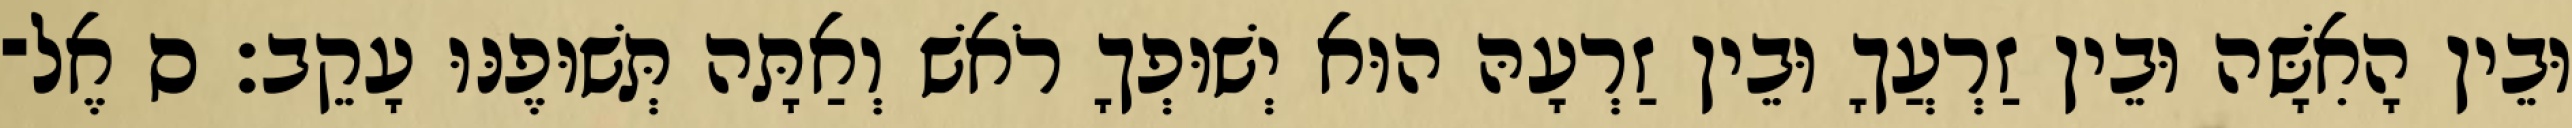
וּבֵין הָאִשָּׁה וּבֵין זַרְעֲךָ וּבֵין זַרְעָהּ הוּא יְשׁוּפְךָ רֹאשׁ וְאַתָּה תְּשׁוּפֶנּוּ עָקֵב׃ ס אֶל־